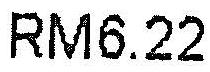
RM6.22